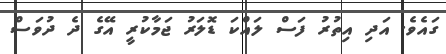
ގައެވެ. އަދި އިތުރު ފަސް ލައްކަ ޑޮލަރު ޖަމާކުރީ އޭގެ ދެ ދުވަސް